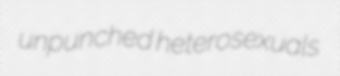
unpunched heterosexuals